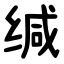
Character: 缄